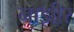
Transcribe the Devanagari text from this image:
नाझीर